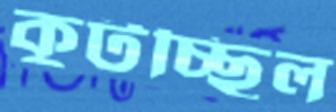
কুটচ্ছিল